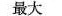
最大